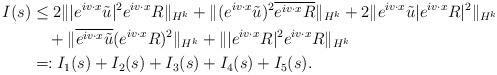
LaTeX: \begin{align*}I(s)&\leq2\| |e^{iv\cdot x}\tilde{u}|^2e^{iv\cdot x}R\|_{H^k}+\|(e^{iv\cdot x}\tilde{u})^2\overline{e^{iv\cdot x}R}\|_{H^k}+2\|e^{iv\cdot x}\tilde{u}|e^{iv\cdot x}R|^2\|_{H^k}\\&\quad+\|\overline{e^{iv\cdot x}\tilde{u}}(e^{iv\cdot x}R)^2\|_{H^k}+\||e^{iv\cdot x}R|^2e^{iv\cdot x}R\|_{H^k}\\&=:I_1(s)+I_2(s)+I_3(s)+I_4(s)+I_5(s).\end{align*}